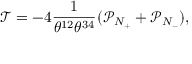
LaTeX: \mathcal { T } = - 4 \frac { 1 } { \theta ^ { 1 2 } \theta ^ { 3 4 } } ( \mathcal { P } _ { N _ { + } } + \mathcal { P } _ { N _ { - } } ) ,